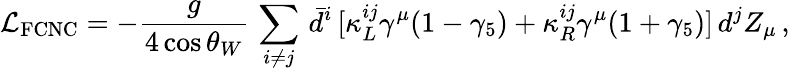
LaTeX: {\cal L}_{\mathrm{FCNC}}=-\frac{g}{4\cos\theta_{W}}\, \sum_{i\neq j}\, \bar{d}^{i}\, [\kappa_{L}^{ij}\gamma^{\mu}(1-\gamma_{5})+\kappa_{R}^{ij}\gamma^{\mu}(1+\gamma_{5})]\, d^{j}Z_{\mu}\, ,